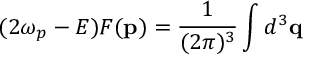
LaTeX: ( 2 \omega _ { p } - E ) F ( \mathbf { p } ) = \frac { 1 } { ( 2 \pi ) ^ { 3 } } \int d ^ { 3 } \mathbf { q }